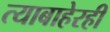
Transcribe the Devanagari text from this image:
त्याबाहेरही